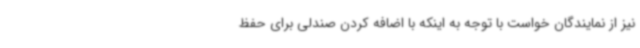
نیز از نمایندگان خواست با توجه به اینکه با اضافه کردن صندلی برای حفظ